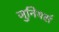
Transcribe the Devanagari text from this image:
जुनियर्स